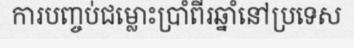
ការបញ្ចប់ជម្លោះប្រាំពីរឆ្នាំនៅប្រទេស